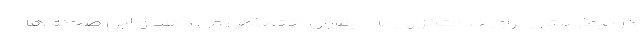
در بیمارستان برای خدمتگزاری به بیماران اختصاص می دهد و این صحنه ها